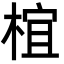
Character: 椬